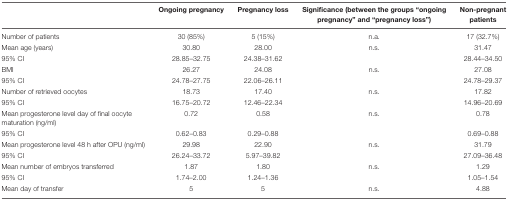
<table><thead><tr><td></td><td><b>Ongoing pregnancy</b></td><td><b>Pregnancy loss</b></td><td><b>Significance (between the groups “ongoing pregnancy” and “pregnancy loss”)</b></td><td><b>Non-pregnant patients</b></td></tr></thead><tbody><tr><td>Number of patients</td><td>30 (85%)</td><td>5 (15%)</td><td>n.a.</td><td>17 (32.7%)</td></tr><tr><td>Mean age (years)</td><td>30.80</td><td>28.00</td><td>n.s.</td><td>31.47</td></tr><tr><td>95% CI</td><td>28.85–32.75</td><td>24.38–31.62</td><td></td><td>28.44–34.50</td></tr><tr><td>BMI</td><td>26.27</td><td>24.08</td><td>n.s.</td><td>27.08</td></tr><tr><td>95% CI</td><td>24.78–27.75</td><td>22.06–26.11</td><td></td><td>24.78–29.37</td></tr><tr><td>Number of retrieved oocytes</td><td>18.73</td><td>17.40</td><td>n.s.</td><td>17.82</td></tr><tr><td>95% CI</td><td>16.75–20.72</td><td>12.46–22.34</td><td></td><td>14.96–20.69</td></tr><tr><td>Mean progesterone level day of final oocyte maturation (ng/ml)</td><td>0.72</td><td>0.58</td><td>n.s.</td><td>0.78</td></tr><tr><td>95% CI</td><td>0.62–0.83</td><td>0.29–0.88</td><td></td><td>0.69–0.88</td></tr><tr><td>Mean progesterone level 48 h after OPU (ng/ml)</td><td>29.98</td><td>22.90</td><td>n.s.</td><td>31.79</td></tr><tr><td>95% CI</td><td>26.24–33.72</td><td>5.97–39.82</td><td></td><td>27.09–36.48</td></tr><tr><td>Mean number of embryos transferred</td><td>1.87</td><td>1.80</td><td>n.s.</td><td>1.29</td></tr><tr><td>95% CI</td><td>1.74–2.00</td><td>1.24–1.36</td><td></td><td>1.05–1.54</td></tr><tr><td>Mean day of transfer</td><td>5</td><td>5</td><td>n.s.</td><td>4.88</td></tr></tbody></table>